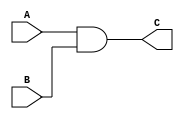
module CARRY (C, A, B);
 
	output C;
	input A, B;
	
	and a1 (C, A, B);
	
endmodule